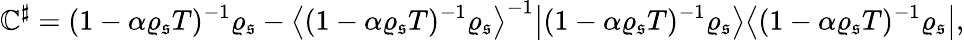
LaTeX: \mathbb{C}^{\sharp}=(1-\alpha\varrho_{\mathfrak{{s}}}T)^{-1}\varrho_{\mathfrak{{s}}}-\big\langle(1-\alpha\varrho_{\mathfrak{{s}}}T)^{-1}\varrho_{\mathfrak{{s}}}\big\rangle^{-1}\big|(1-\alpha\varrho_{\mathfrak{{s}}}T)^{-1}\varrho_{\mathfrak{{s}}}\big\rangle\big\langle(1-\alpha\varrho_{\mathfrak{{s}}}T)^{-1}\varrho_{\mathfrak{{s}}}\big|,